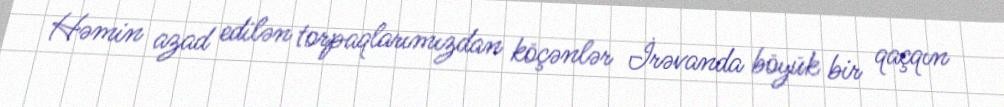
Həmin azad edilən torpaqlarımızdan köçənlər İrəvanda böyük bir qaçqın